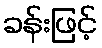
ခန်းဖြင့်